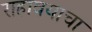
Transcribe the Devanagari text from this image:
राहावयाचा